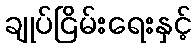
ချုပ်ငြိမ်းရေးနှင့်